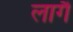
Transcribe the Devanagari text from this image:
लागैं